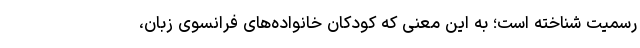
رسمیت شناخته است؛ به این معنی که کودکان خانواده‌های فرانسوی زبان،